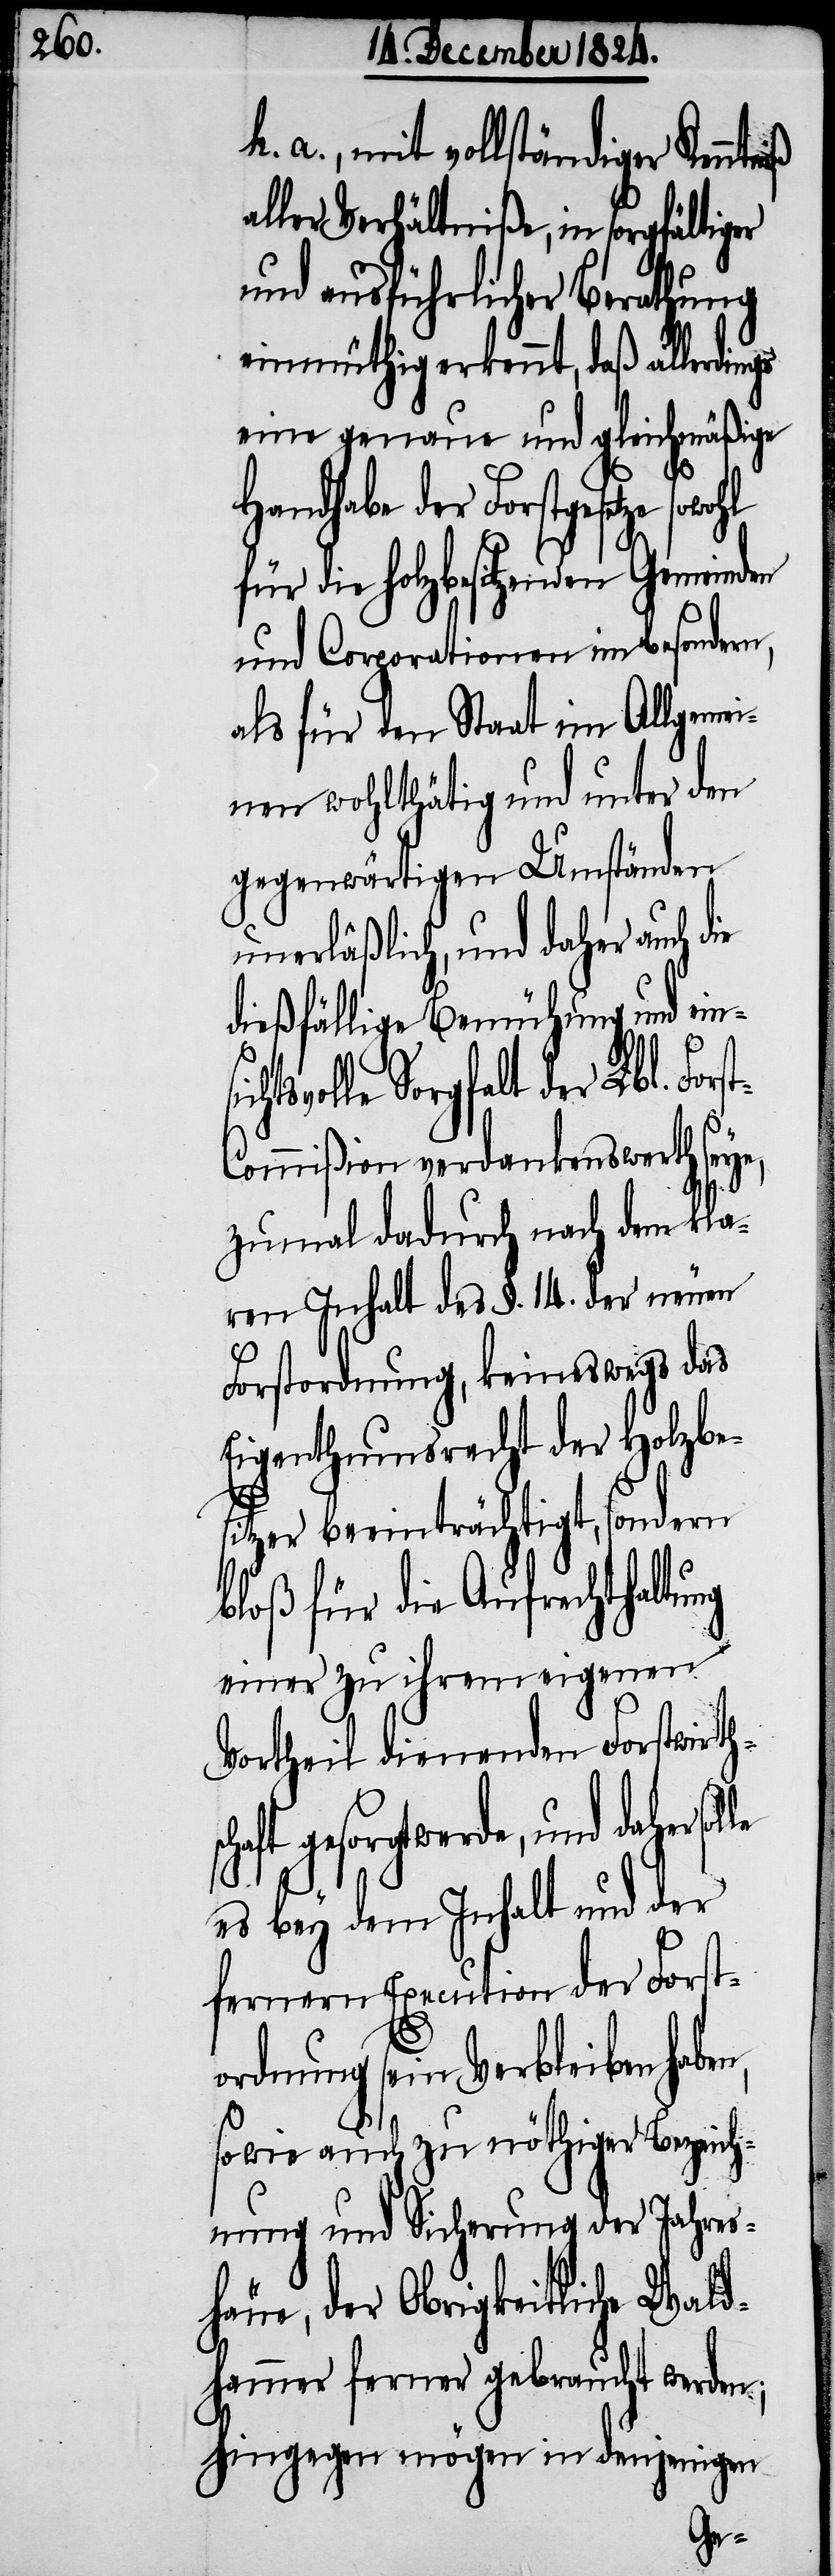
h. a., mit vollständiger Kenntn¬
aller Verhältniße, in sorgfältiger
und ausführlicher Berathung
einmüthig erkennt, daß allerdings
eine genaue und gleichmäßige
n,
Handhabe der Forstgesetze
für die holzbesitzenden Gemeinden
und Corporationen im besondern,
als für den Staat im Allgemei¬
nen wohlthätig und unter den
gegenwärtigen Umständen
unerläßlich, und daher auch die
dießfällige Bemühung und ein¬
schaft gesorgt werde, und
ommißion verdankenswerth seye,
zumal dadurch nach dem kla¬
ren Inhalt des §. 14. der neuen
Forstordnung, keineswegs das
Eigenthumsrecht der Holzbe¬
sitzer beeinträchtigt, sondern
bloß für die Aufrechthaltung
einer zu ihrem eigenen
Vortheil dienenden Forstwirth¬
es bey dem Inhalt und der
fernern Execution der Forst¬
ordnung sein Verbleiben habe¬
sowie auch zu nöthiger Bezeich¬
nung und Sicherung der Jahres¬
häue, der Obrigkeitliche Wald¬
hammer ferner gebraucht werden;
hingegen mögen in denjenigen
st-C¬